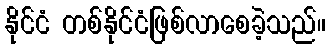
နိုင်ငံ တစ်နိုင်ငံဖြစ်လာစေခဲ့သည်။